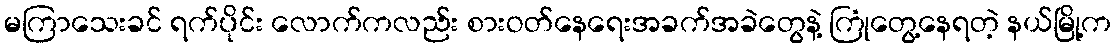
မကြာသေးခင် ရက်ပိုင်း လောက်ကလည်း စားဝတ်နေရေးအခက်အခဲတွေနဲ့ ကြုံတွေ့နေရတဲ့ နယ်မြို့က